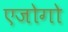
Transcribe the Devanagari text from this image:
एजोगो